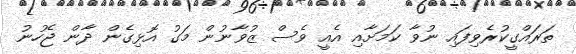
ތަރައްގީކުރެވިފައި ނުވާ ކަމަށާއި އެއީ ވެސް ޒުވާނުން މަގު އޮޅިގެން ދާން ޖެހުނު